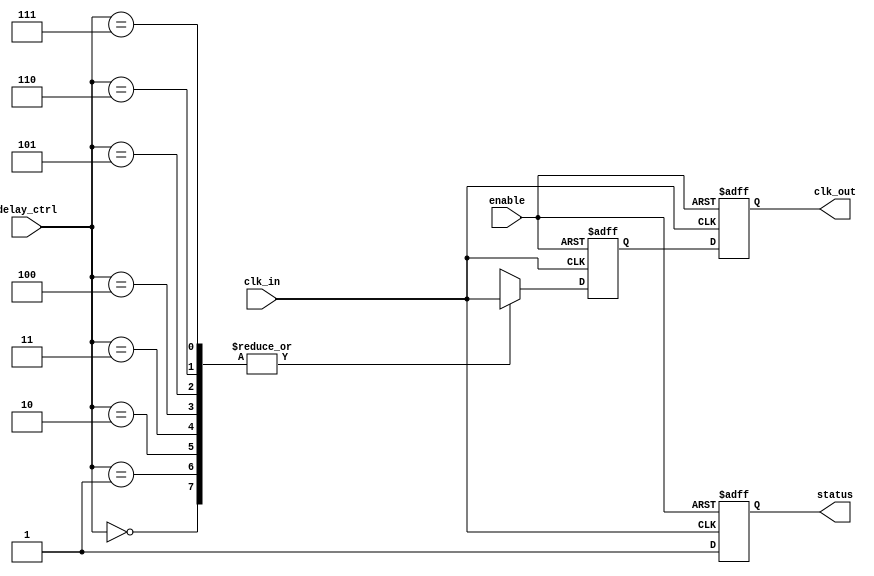
module delay_clock_buffer (
    input wire clk_in,          // Clock input
    input wire [2:0] delay_ctrl, // Delay control (3-bit for 8 delay levels)
    input wire enable,          // Enable signal
    output reg clk_out,         // Delayed clock output
    output reg status           // Status output
);

    // Internal signals for delay
    reg [2:0] delay_counter;    // Counter for delay control
    reg clk_delayed;            // Intermediate delayed clock signal

    // Generate delayed clock based on delay_ctrl
    always @(posedge clk_in or negedge enable) begin
        if (!enable) begin
            clk_delayed <= 1'b0; // Hold low when disabled
            status <= 1'b0;      // Buffer is disabled
        end else begin
            status <= 1'b1;      // Buffer is enabled
            case (delay_ctrl)
                3'b000: clk_delayed <= clk_in; // No delay
                3'b001: clk_delayed <= #1 clk_in; // 1 time unit delay
                3'b010: clk_delayed <= #2 clk_in; // 2 time units delay
                3'b011: clk_delayed <= #3 clk_in; // 3 time units delay
                3'b100: clk_delayed <= #4 clk_in; // 4 time units delay
                3'b101: clk_delayed <= #5 clk_in; // 5 time units delay
                3'b110: clk_delayed <= #6 clk_in; // 6 time units delay
                3'b111: clk_delayed <= #7 clk_in; // 7 time units delay
                default: clk_delayed <= clk_in; // Default to no delay
            endcase
        end
    end

    // Assign the delayed clock to the output
    always @(posedge clk_in or negedge enable) begin
        if (!enable) begin
            clk_out <= 1'b0; // Hold low when disabled
        end else begin
            clk_out <= clk_delayed; // Output the delayed clock
        end
    end

endmodule